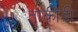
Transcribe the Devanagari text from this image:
ताकीदी